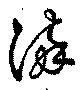
海